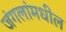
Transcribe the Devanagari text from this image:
जंगलांमधील